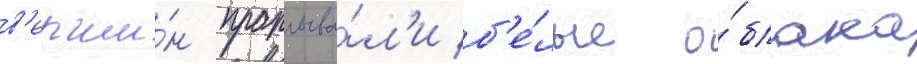
в'ерши́н проплыва́л'и б'е́лые о́блака